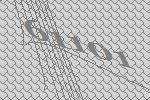
61101